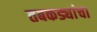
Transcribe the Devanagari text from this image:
तबकड्यांचा